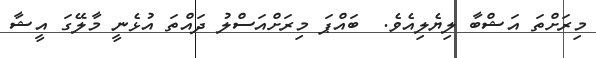
މިރަށްތަ އަޝްބާ ލިޔެލިއެވެ.  ބައްޕަ މިރަށްއަސްލު ދައްތަ އުޅެނީ މާލޭގަ އީޝާ